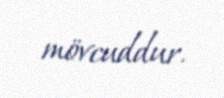
mövcuddur.